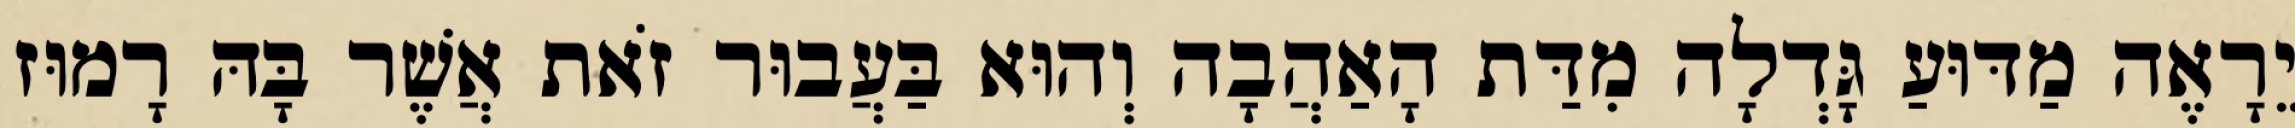
יֵרָאֶה מַדּוּעַ גָּדְלָה מִדַּת הָאַהֲבָה וְהוּא בַּעֲבוּר זֹאת אֲשֶׁר בָּהּ רָמוּז